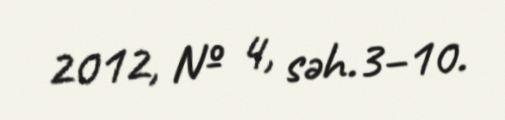
2012, № 4, səh.3–10.